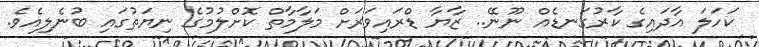
ކަހަލަ އާދައިގެ ކާރުގަނޑެއް ނޫނޭ.. ޒާޔާ ޑްރައިވަރަށް މަލާމާތް ކޮށްލުމުގެ ނިޔަތުގައި ބުނެލިއެވެ.